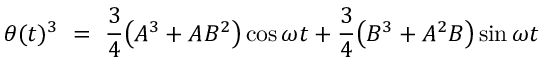
\theta ( t ) ^ { 3 } \ = \ \frac { 3 } { 4 } \big ( A ^ { 3 } + A B ^ { 2 } \big ) \cos \omega t + \frac { 3 } { 4 } \big ( B ^ { 3 } + A ^ { 2 } B \big ) \sin \omega t